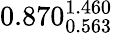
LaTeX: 0.870_{0.563}^{1.460}